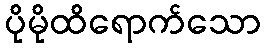
ပိုမိုထိရောက်သော